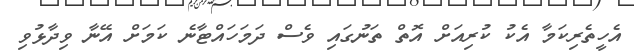
އެހީތެރިކަމާ އެކު ކުރިއަށް އޮތް ތަނުގައި ވެސް ދަމަހައްޓާނެ ކަމަށް އޭނާ ވިދާޅުވި